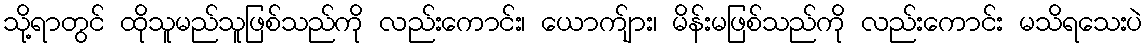
သို့ရာတွင် ထိုသူမည်သူဖြစ်သည်ကို လည်းကောင်း၊ ယောက်ျား၊ မိန်းမဖြစ်သည်ကို လည်းကောင်း မသိရသေးပဲ